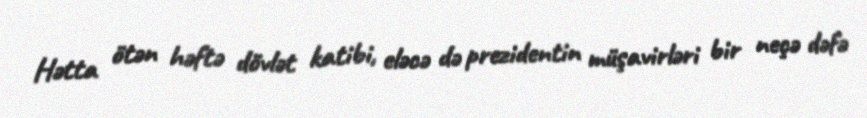
Hətta ötən həftə dövlət katibi, eləcə də prezidentin müşavirləri bir neçə dəfə